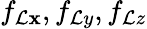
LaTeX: f_{\mathcal{L}\mathbf{x}},f_{\mathcal{L}y},f_{\mathcal{L}z}